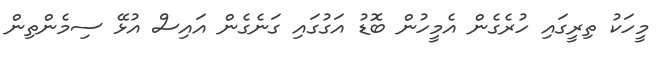
މީހަކު ތިރީގައި ހުރެގެން އެމީހުން ބޮޑު އަގުގައި ގަނެގެން އައިސް އުޅޭ ސިމެންތިން